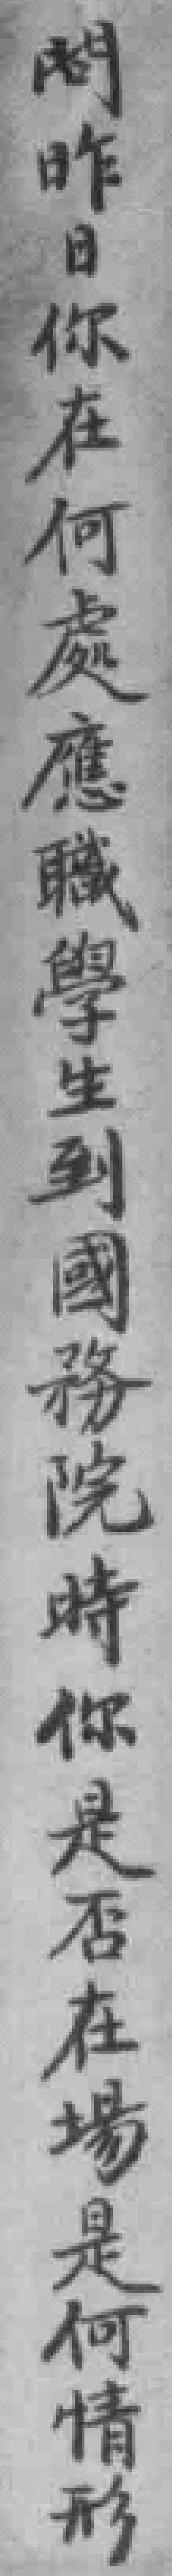
問昨日你在何處應職學生到國務院時你是否在場是何情形